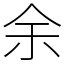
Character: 余